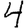
Digit: 4